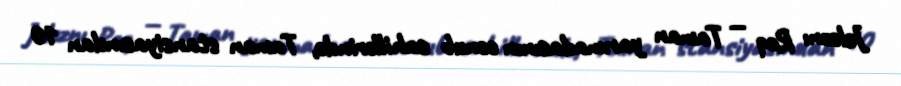
Jeleznı Roq — Taman yarımadasının cənub sahillərində, Taman stansiyasından 10